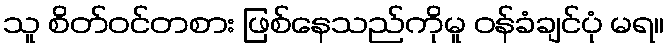
သူ စိတ်ဝင်တစား ဖြစ်နေသည်ကိုမူ ဝန်ခံချင်ပုံ မရ။